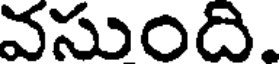
వసుంది.